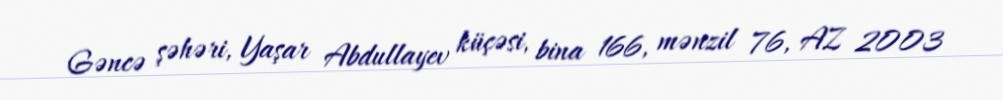
Gəncə şəhəri, Yaşar Abdullayev küçəsi, bina 166, mənzil 76, AZ 2003